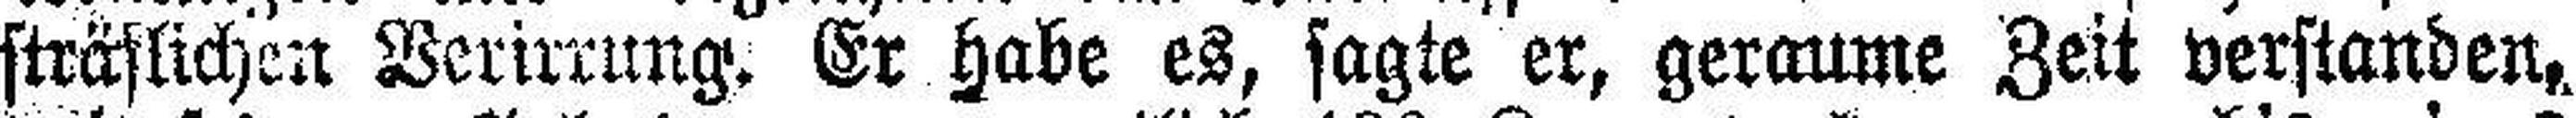
sträflichen Verirrung. Er habe es, sagte er, geraume Zeit verstanden,